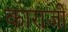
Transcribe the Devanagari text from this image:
काराजी